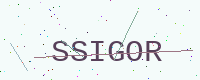
Text: SSIGOR